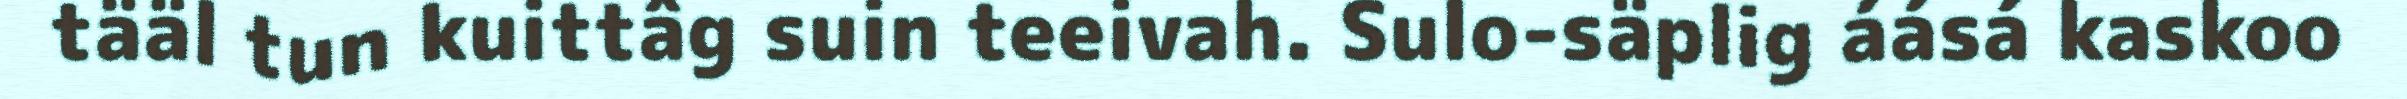
tääl tun kuittâg suin teeivah. Sulo-säplig áásá kaskoo